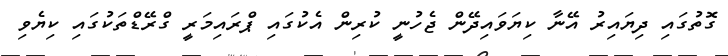
ގޮތުގައި ދިޔައިރު އޭނާ ކިޔަވައިދޭން ޖެހުނީ ކުރިން އެކުގައި ޕްރައިމަރީ ގްރޭޑްތަކުގައި ކިޔެވި